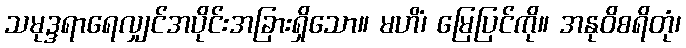
သမုဒ္ဒရာရေလျှင်အပိုင်းအခြားရှိသော။ မဟိံ၊ မြေပြင်ကို။ အနုဝိစရိတုံ၊